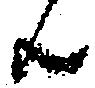
共